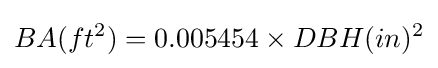
BA(ft^{2})=0.005454\times DBH(in)^{2}